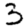
Digit: 3